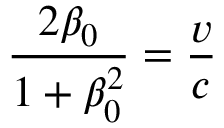
{ \frac { 2 \beta _ { 0 } } { 1 + \beta _ { 0 } ^ { 2 } } } = { \frac { v } { c } }